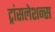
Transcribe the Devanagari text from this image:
ट्रांसलेशन्स